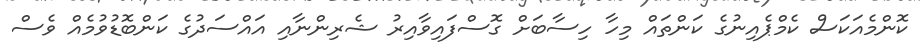
ކޮންމެއަކަސް ކެމްޕެއިނުގެ ކަންތައް މިހާ ހިސާބަށް ގޮސްފައިވާއިރު ޝެރިންނާއި އައްސަދުގެ ކަންބޮޑުވުމެއް ވެސް